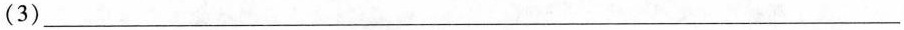
(3)___